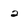
Character: 2